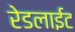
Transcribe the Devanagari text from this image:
रेडलाईट